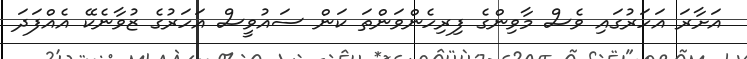
އަށާރަ އަހަރުގައި ވެސް މާވިންގެ ފިރިހެންވަންތަ ކަން ސައުވީސް އަހަރުގެ ޒުވާނެކޭ އެއްފަދަ